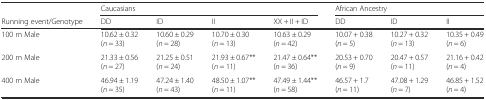
<table><thead><tr><td></td><td colspan="4"><b>Caucasians</b></td><td colspan="3"><b>African Ancestry</b></td></tr><tr><td><b>Running event/Genotype</b></td><td><b>DD</b></td><td><b>ID</b></td><td><b>II</b></td><td><b>XX + II + ID</b></td><td><b>DD</b></td><td><b>ID</b></td><td><b>II</b></td></tr></thead><tbody><tr><td>100 m Male</td><td>10.62 ± 0.32 (<i>n</i> = 33)</td><td>10.60 ± 0.29 (<i>n</i> = 28)</td><td>10.70 ± 0.30 (<i>n</i> = 13)</td><td>10.63 ± 0.29 (<i>n</i> = 42)</td><td>10.07 + 0.38 (<i>n</i> = 5)</td><td>10.27 + 0.32 (<i>n</i> = 13)</td><td>10.35 + 0.49 (<i>n</i> = 6)</td></tr><tr><td>200 m Male</td><td>21.33 ± 0.56 (<i>n</i> = 27)</td><td>21.25 ± 0.51 (<i>n</i> = 24)</td><td>21.93 ± 0.67** (<i>n</i> = 11)</td><td>21.47 ± 0.64** (<i>n</i> = 36)</td><td>20.53 + 0.70 (<i>n</i> = 9)</td><td>20.47 + 0.57 (<i>n</i> = 11)</td><td>21.16 + 0.42 (<i>n</i> = 4)</td></tr><tr><td>400 m Male</td><td>46.94 ± 1.19 (<i>n</i> = 35)</td><td>47.24 ± 1.40 (<i>n</i> = 43)</td><td>48.50 ± 1.07** (<i>n</i> = 11)</td><td>47.49 ± 1.44** (<i>n</i> = 58)</td><td>46.57 + 1.7 (<i>n</i> = 11)</td><td>47.08 + 1.29 (<i>n</i> = 7)</td><td>46.85 + 1.52 (<i>n</i> = 4)</td></tr></tbody></table>